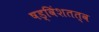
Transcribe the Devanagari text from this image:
षड्विंशतत्व